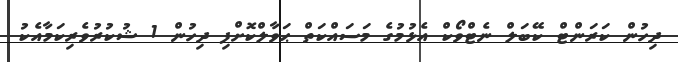
ދިހުން ކަރަންޓް ކޭބަލް ނެޓްވޯކް އެޅުމުގެ މަސައްކަތް ޙަވާލްކޮށްފި ދިހުން 1 ޝުކުރުވެރިކަމާއެކު